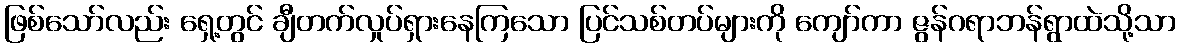
ဖြစ်သော်လည်း ရှေ့တွင် ချီတက်လှုပ်ရှားနေကြသော ပြင်သစ်တပ်များကို ကျော်ကာ ဇွန်ဂရာဘန်ရွာထဲသို့သာ